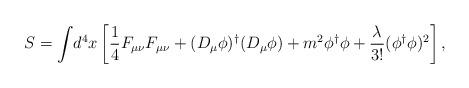
LaTeX: \begin{align*}S={\int}d^{4}x\left[\frac{1}{4}F_{\mu\nu}F_{\mu\nu}+(D_{\mu}\phi)^{\dag}(D_{\mu}\phi)+m^{2}\phi^{\dag}\phi +\frac{\lambda}{3!}(\phi^{\dag}\phi)^{2}\right],\end{align*}